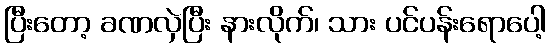
ပြီးတော့ ခဏလှဲပြီး နားလိုက်၊ သား ပင်ပန်းရောပေါ့